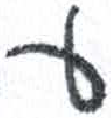
אות: ע